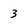
Character: 3